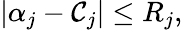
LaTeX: |\alpha_{j}-\mathcal{C}_{j}|\le R_{j},